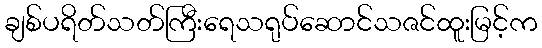
ချစ်ပရိတ်သတ်ကြီးရေသရုပ်ဆောင်သဇင်ထူးမြင့်က